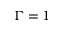
\Gamma = 1